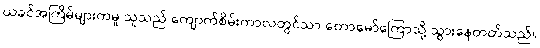
ယခင်အကြိမ်များကမူ သူသည် ကျောက်စိမ်းကာလတွင်သာ တောမော်ကြောသို့ သွားနေတတ်သည်။